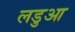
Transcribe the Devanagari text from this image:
लडुआ